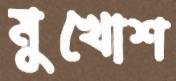
মুখোশ